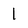
Character: 1